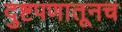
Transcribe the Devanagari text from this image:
दुष्टपणातूनच